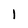
Character: 1